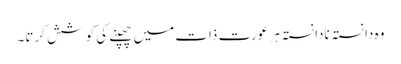
وہ دا نستہ نادا نستہ ہر عورت ذات میں چھپنے کی کو شش کرتا۔